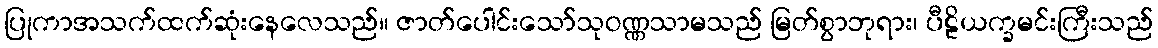
ပြုကာအသက်ထက်ဆုံးနေလေသည်။ ဇာတ်ပေါင်းသော်သုဝဏ္ဏသာမသည် မြတ်စွာဘုရား၊ ပီဠိယက္ခမင်းကြီးသည်